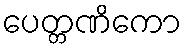
ပေတ္တဏိကော